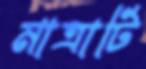
মাত্রাটি